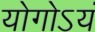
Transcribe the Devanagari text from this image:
योगोऽयं